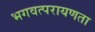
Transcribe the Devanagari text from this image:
भगवत्परायणता